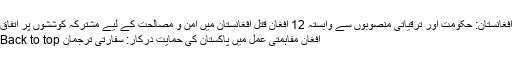
افغانستان: حکومت اور ترقیاتی منصوبوں سے وابستہ 12 افغان قتل افغانستان میں امن و مصالحت کے لیے مشترکہ کوششوں پر اتفاق
افغان مفاہمتی عمل میں پاکستان کی حمایت درکار: سفارتی ترجمان Back to top